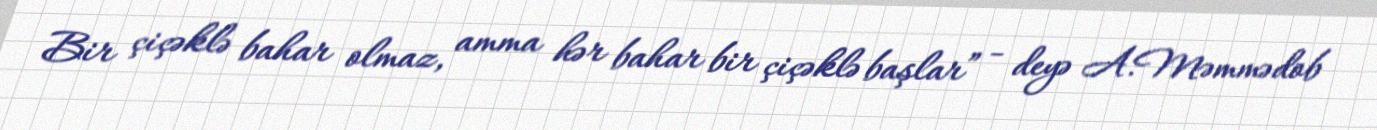
Bir çiçəklə bahar olmaz, amma hər bahar bir çiçəklə başlar” - deyə A.Məmmədob